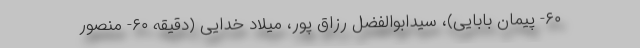
۶۰- پیمان بابایی)، سیدابوالفضل رزاق پور، میلاد خدایی (دقیقه ۶۰- منصور